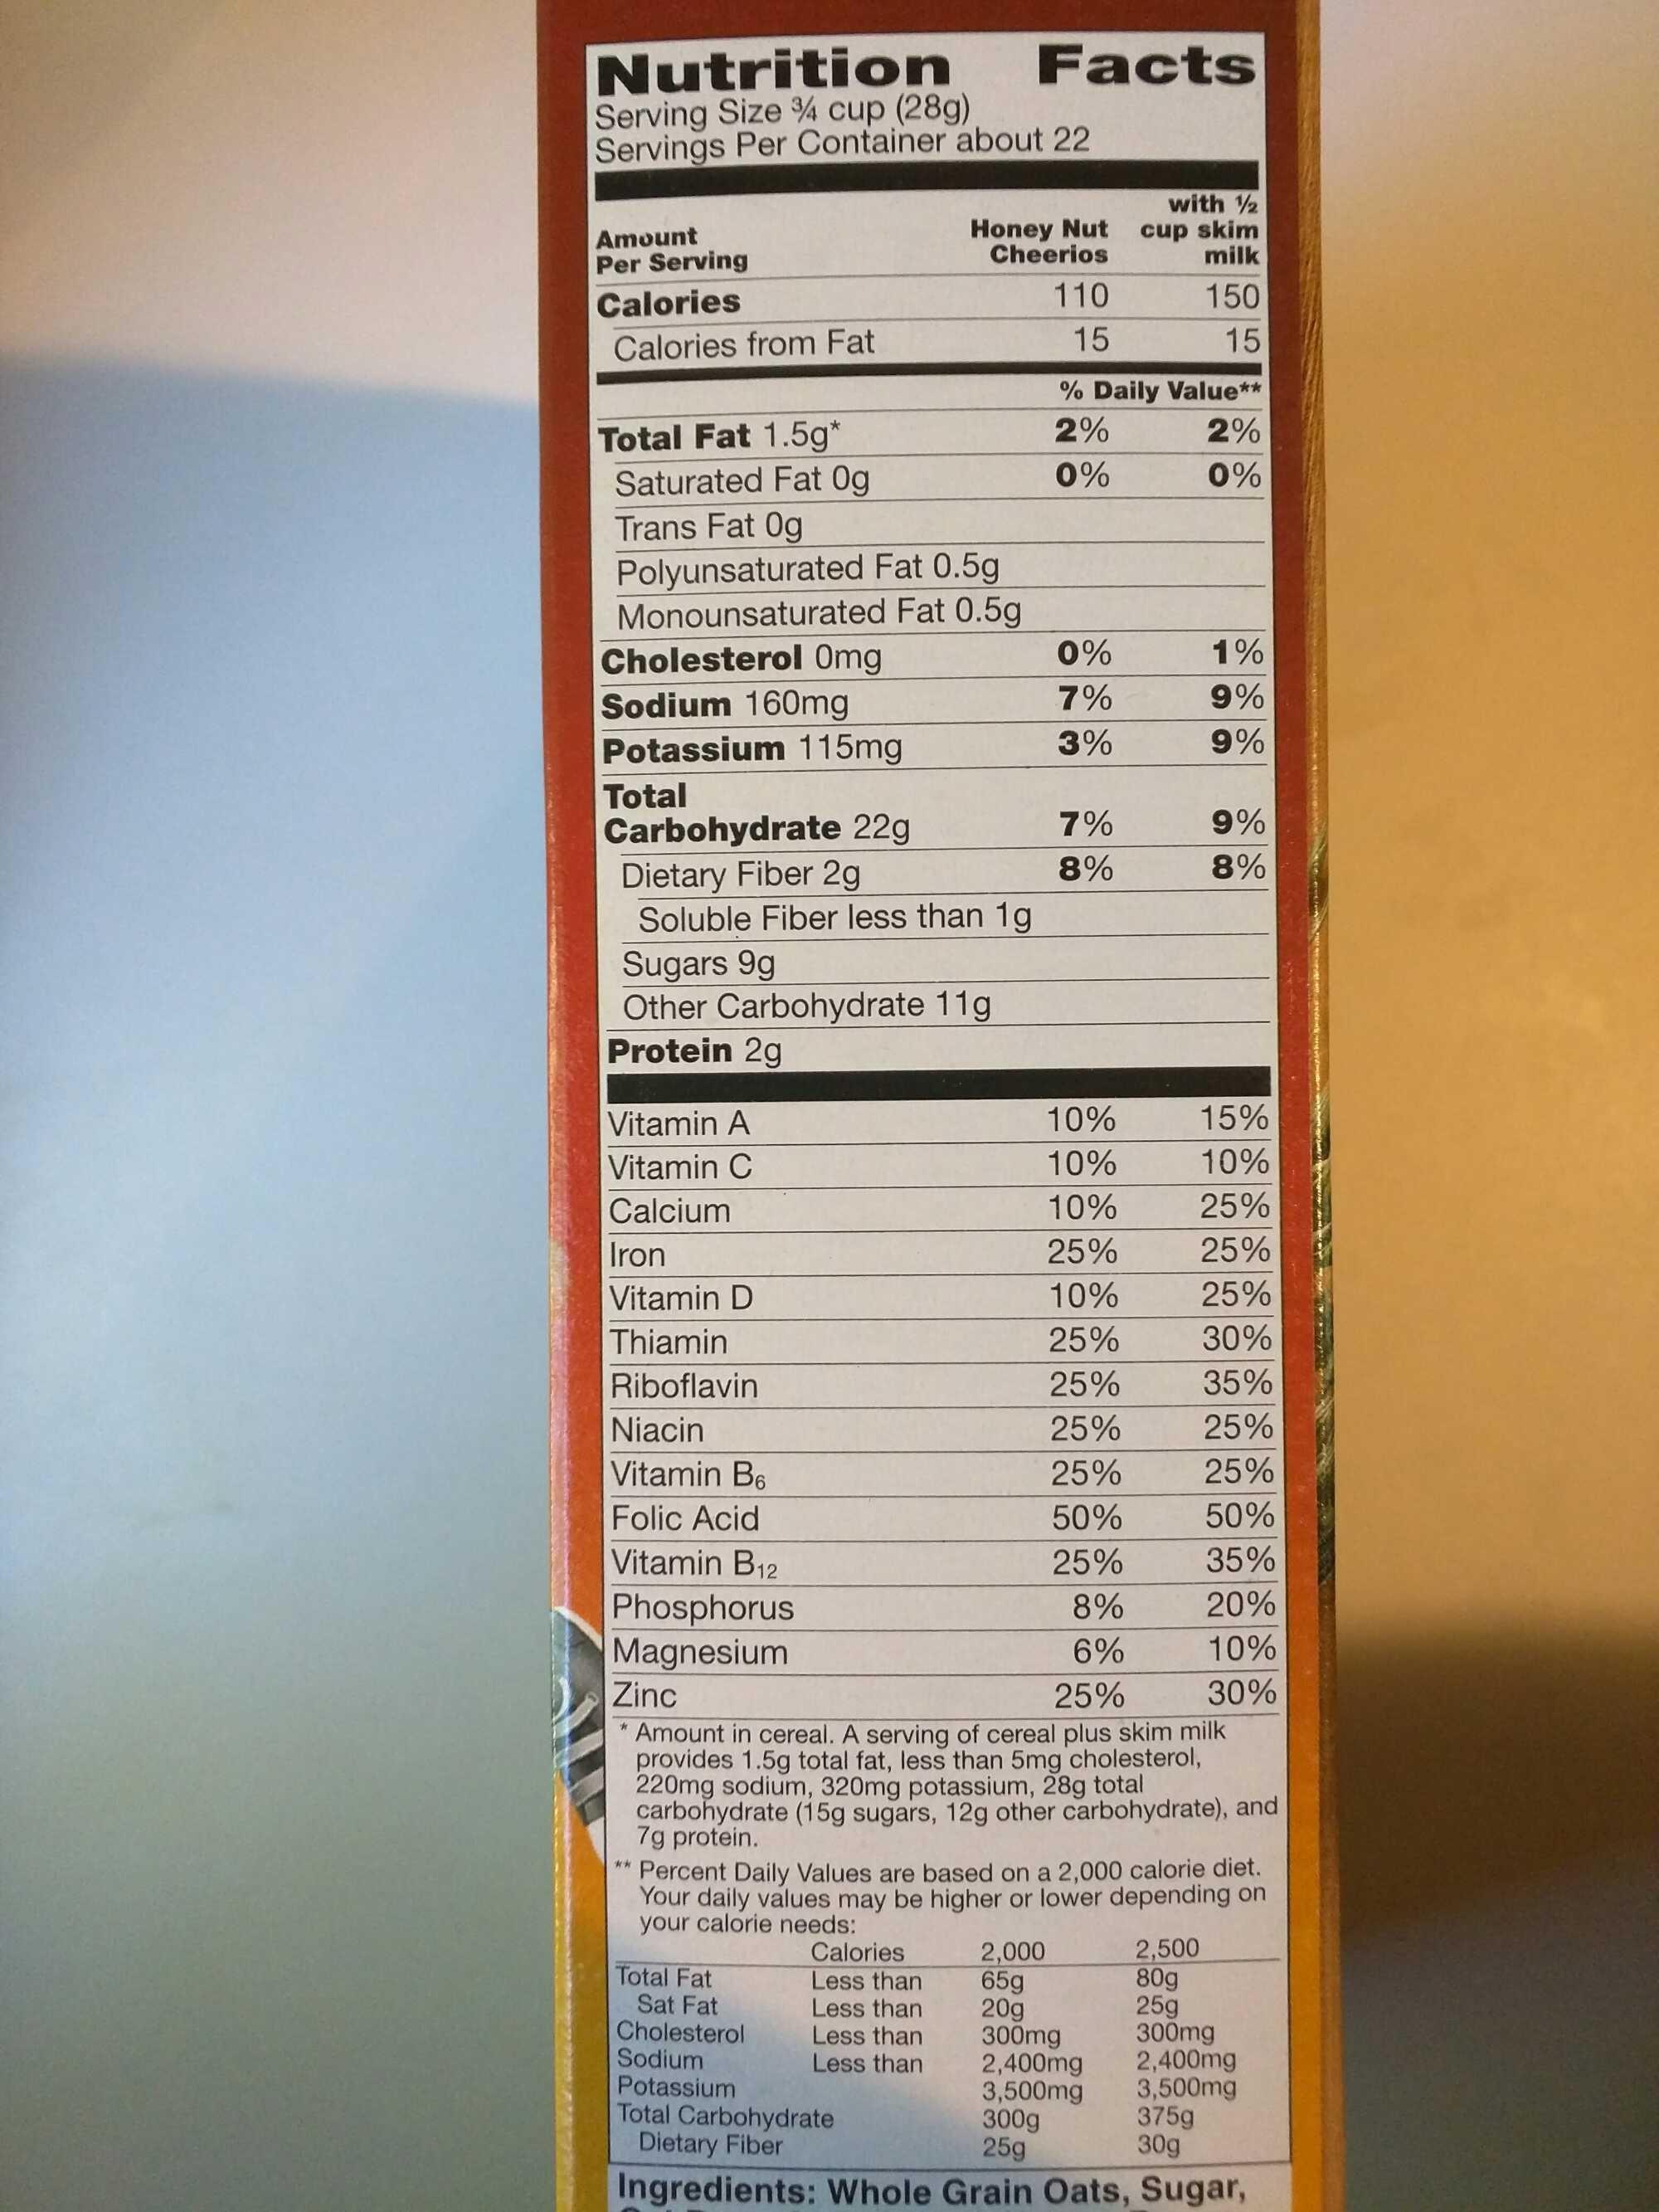
Nutrition
Serving Size 34 cup (28g) Servings Per Container about 22
Amount
Per Serving
Calories
Calories from Fat
Total Fat 1.5g*
Saturated Fat Og
Trans Fat Og
Polyunsaturated Fat 0.5g
Monounsaturated Fat 0.5g
Cholesterol 0mg
Sodium 160mg
Potassium 115mg
Total
Carbohydrate 22g
Dietary Fiber 2g
Soluble Fiber less than 1g
Sugars 9g
Other Carbohydrate 11g
Protein 2g
Vitamin A
Vitamin C
Calcium
Iron
Vitamin D
Thiamin
Riboflavin
Niacin
Vitamin B6
Folic Acid
Vitamin B12
Phosphorus
Magnesium
Zinc
"
Honey Nut Cheerios
Facts
Total Fat
Sat Fat Cholesterol Sodium Potassium
Calories Less than
Less than
Less than
Less than
Total Carbohydrate
Dietary Fiber
110
15
% Daily Value**
2%
2%
0%
0%
0%
7%
3%
7%
8%
10%
10%
10%
25%
10%
25%
25%
25%
25%
50%
25%
with 12
cup skim
milk
150
15
8%
6%
25%
Amount in cereal. A serving of cereal plus skim milk provides 1.5g total fat, less than 5mg cholesterol, 220mg sodium, 320mg potassium, 28g total carbohydrate (15g sugars, 12g other carbohydrate), and 7g protein.
2,000
65g 20g 300mg
2,400mg
3,500mg
** Percent Daily Values are based on a 2,000 calorie diet. Your daily values may be higher or lower depending on your calorie needs:
1%
9%
9%
9%
8%
15%
10%
25%
25%
25%
30%
35%
25%
25%
50%
35%
2,500
80g
25g
375g
30g
20%
10%
30%
300mg
2,400mg
3,500mg
300g
25g
Ingredients: Whole Grain Oats, Sugar,